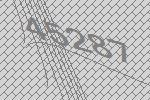
45287